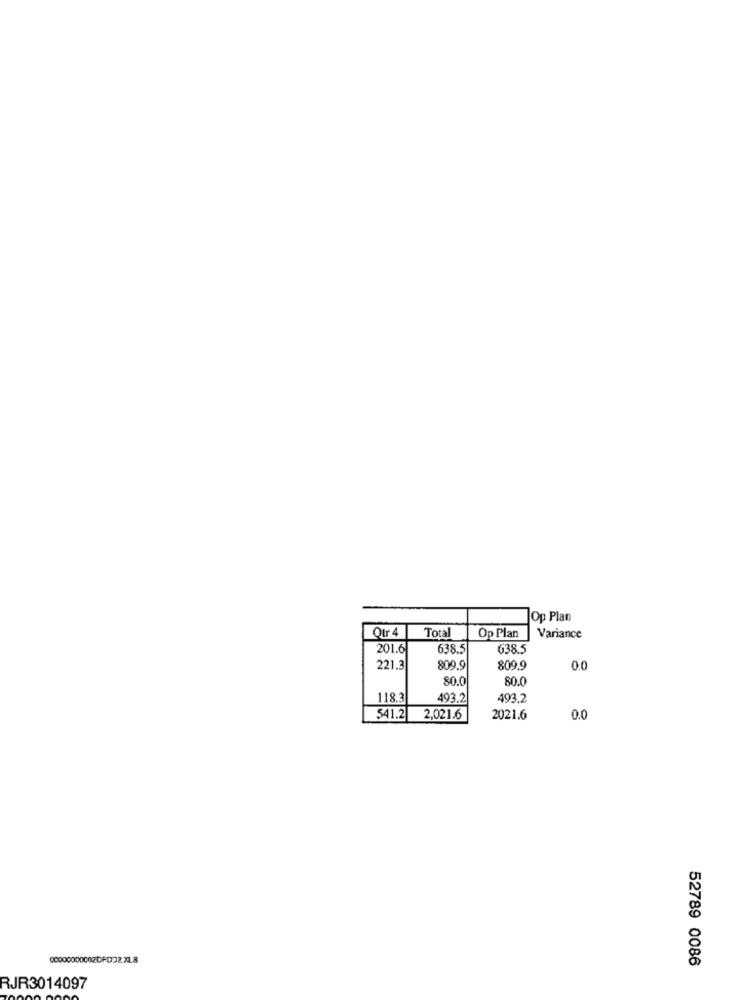
Op Plan
Otr 4
Total
Op Plan
Variance
201.6
638.5
638.5
221.3
809.9
809.9
0.0
80.0
80.0
118.3
493.2
493.2
541.2
2,021.6
2021.6
0.0
52789 0086
RJR3014097